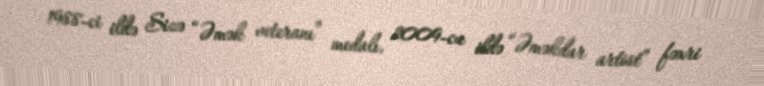
1988-ci ildə Sizə “Əmək veteranı” medalı, 2009-cu ildə “Əməkdar artist” fəxri